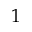
1